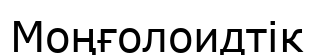
Моңғолоидтік